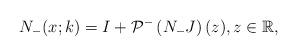
LaTeX: \begin{align*}N_-(x;k) = I+ \mathcal{P}^{-}\left(N_{-} J \right)(z), z \in \mathbb{R},\end{align*}